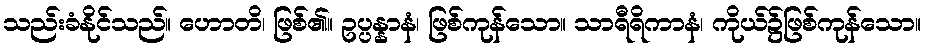
သည်းခံနိုင်သည်။ ဟောတိ၊ ဖြစ်၏။ ဥပ္ပန္နာနံ၊ ဖြစ်ကုန်သော။ သာရီရိကာနံ၊ ကိုယ်၌ဖြစ်ကုန်သော။